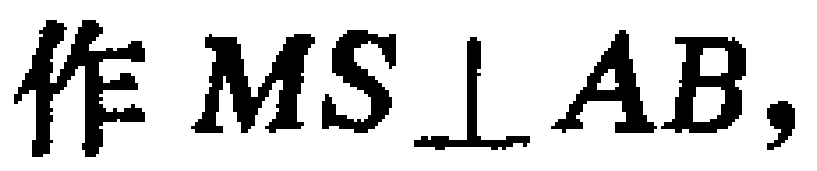
作 \(MS\perp AB\)，